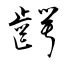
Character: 齶